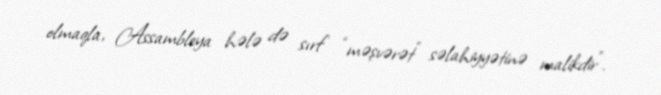
olmaqla, Assambleya hələ də sırf “məşvərət” səlahiyyətinə malikdir”.